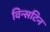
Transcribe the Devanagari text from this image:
विन्सटिन